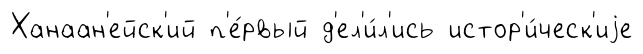
Ханаан'ейск'ий п'е́рвый д'ел'и́л'ись истор'и́ческ'иjе